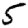
Digit: 5